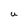
Character: U